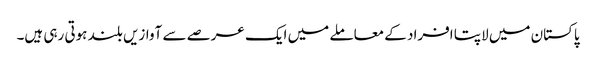
پاکستان میں لاپتا افراد کے معاملے میں ایک عرصے سے آوازیں بلند ہوتی رہی ہیں۔